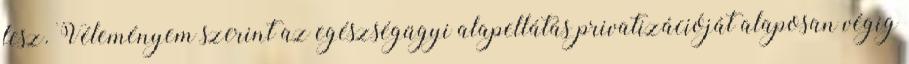
lesz. Véleményem szerint az egészségügyi alapellátás privatizációját alaposan végig